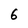
Character: 6